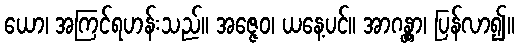
ယော၊ အကြင်ရဟန်းသည်။ အဇ္ဇေဝ၊ ယနေ့ပင်။ အာဂန္တွာ၊ ပြန်လာ၍။